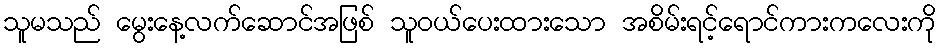
သူမသည် မွေးနေ့လက်ဆောင်အဖြစ် သူဝယ်ပေးထားသော အစိမ်းရင့်ရောင်ကားကလေးကို